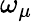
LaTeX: \omega_{\mu}